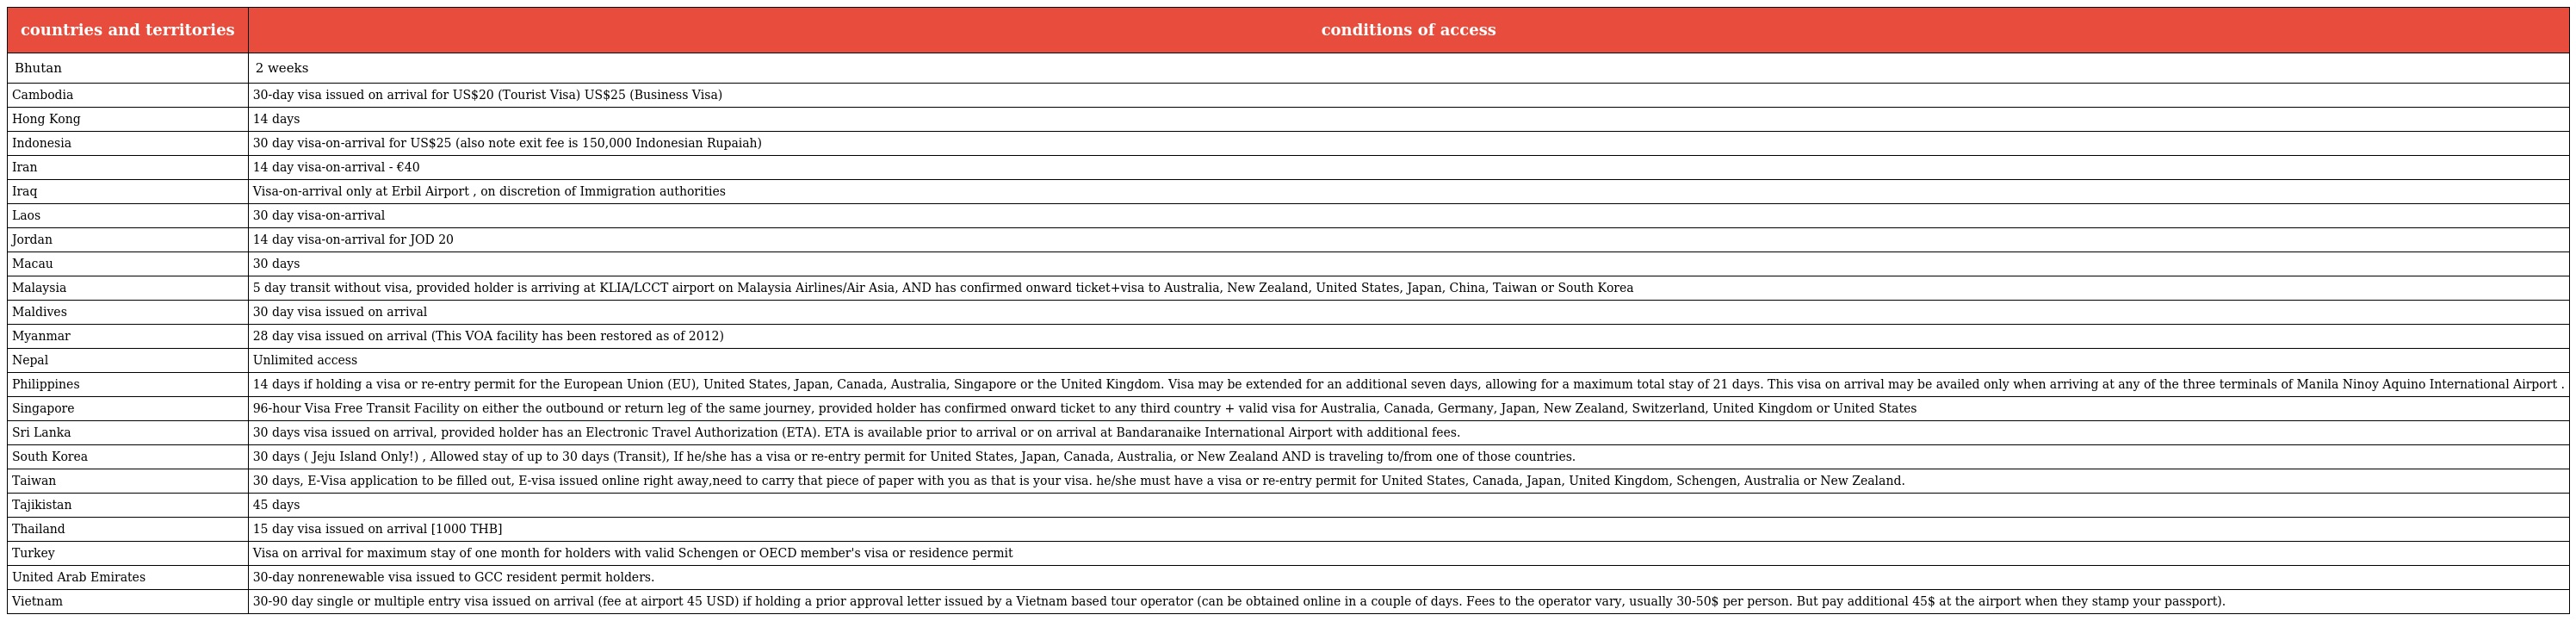
| countries and territories | conditions of access |
 | --- | --- |
 | Bhutan | 2 weeks |
 | Cambodia | 30-day visa issued on arrival for US$20 (Tourist Visa) US$25 (Business Visa) |
 | Hong Kong | 14 days |
 | Indonesia | 30 day visa-on-arrival for US$25 (also note exit fee is 150,000 Indonesian Rupaiah) |
 | Iran | 14 day visa-on-arrival - €40 |
 | Iraq | Visa-on-arrival only at Erbil Airport , on discretion of Immigration authorities |
 | Laos | 30 day visa-on-arrival |
 | Jordan | 14 day visa-on-arrival for JOD 20 |
 | Macau | 30 days |
 | Malaysia | 5 day transit without visa, provided holder is arriving at KLIA/LCCT airport on Malaysia Airlines/Air Asia, AND has confirmed onward ticket+visa to Australia, New Zealand, United States, Japan, China, Taiwan or South Korea |
 | Maldives | 30 day visa issued on arrival |
 | Myanmar | 28 day visa issued on arrival (This VOA facility has been restored as of 2012) |
 | Nepal | Unlimited access |
 | Philippines | 14 days if holding a visa or re-entry permit for the European Union (EU), United States, Japan, Canada, Australia, Singapore or the United Kingdom. Visa may be extended for an additional seven days, allowing for a maximum total stay of 21 days. This visa on arrival may be availed only when arriving at any of the three terminals of Manila Ninoy Aquino International Airport . |
 | Singapore | 96-hour Visa Free Transit Facility on either the outbound or return leg of the same journey, provided holder has confirmed onward ticket to any third country + valid visa for Australia, Canada, Germany, Japan, New Zealand, Switzerland, United Kingdom or United States |
 | Sri Lanka | 30 days visa issued on arrival, provided holder has an Electronic Travel Authorization (ETA). ETA is available prior to arrival or on arrival at Bandaranaike International Airport with additional fees. |
 | South Korea | 30 days ( Jeju Island Only!) , Allowed stay of up to 30 days (Transit), If he/she has a visa or re-entry permit for United States, Japan, Canada, Australia, or New Zealand AND is traveling to/from one of those countries. |
 | Taiwan | 30 days, E-Visa application to be filled out, E-visa issued online right away,need to carry that piece of paper with you as that is your visa. he/she must have a visa or re-entry permit for United States, Canada, Japan, United Kingdom, Schengen, Australia or New Zealand. |
 | Tajikistan | 45 days |
 | Thailand | 15 day visa issued on arrival [1000 THB] |
 | Turkey | Visa on arrival for maximum stay of one month for holders with valid Schengen or OECD member's visa or residence permit |
 | United Arab Emirates | 30-day nonrenewable visa issued to GCC resident permit holders. |
 | Vietnam | 30-90 day single or multiple entry visa issued on arrival (fee at airport 45 USD) if holding a prior approval letter issued by a Vietnam based tour operator (can be obtained online in a couple of days. Fees to the operator vary, usually 30-50$ per person. But pay additional 45$ at the airport when they stamp your passport). |